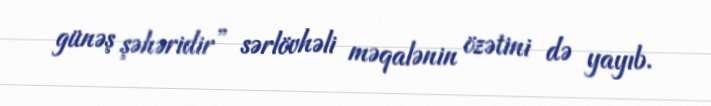
günəş şəhəridir” sərlövhəli məqalənin özətini də yayıb.